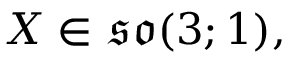
X \in { \mathfrak { s o } } ( 3 ; 1 ) ,